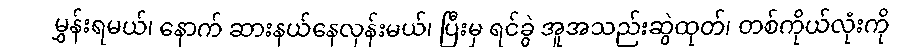
မွှန်းရမယ်၊ နောက် ဆားနယ်နေလှန်းမယ်၊ ပြီးမှ ရင်ခွဲ အူအသည်းဆွဲထုတ်၊ တစ်ကိုယ်လုံးကို